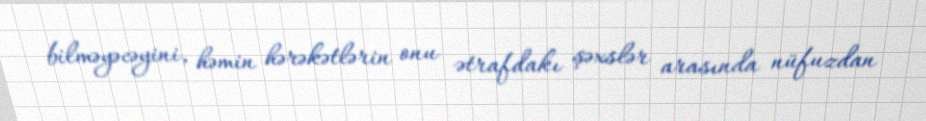
bilməyəcəyini, həmin hərəkətlərin onu ətrafdakı şəxslər arasında nüfuzdan